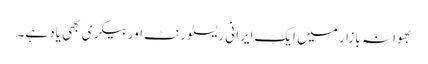
بھوانہ بازار میں ایک ایرانی ریسٹورنٹ اور بیکری بھی یاد ہے۔